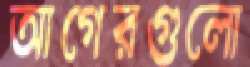
আগেরগুলো